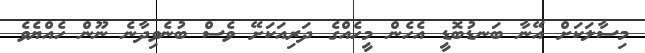
މިސާލަކަށް އޭނާ ބަނޑުބޮޑީ އެހެން މީހެއްގެ ދަރިއަކަށޭ ވެސް ބުނެވިދާނެ ނޫން ހެއްޔެވެ